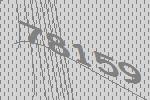
78159